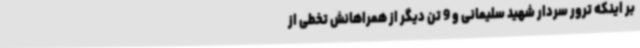
بر اینکه ترور سردار شهید سلیمانی و 9 تن دیگر از همراهانش تخطی از